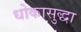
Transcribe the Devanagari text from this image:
धोकासुद्धा